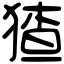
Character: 猹